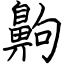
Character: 齁